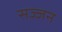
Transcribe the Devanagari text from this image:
सज्‍जन